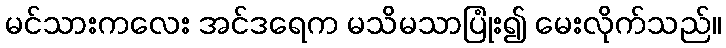
မင်သားကလေး အင်ဒရေက မသိမသာပြုံး၍ မေးလိုက်သည်။